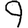
Digit: 9